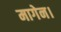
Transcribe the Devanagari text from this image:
मागेन।